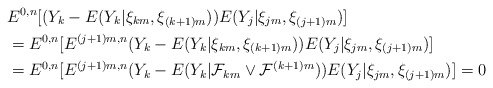
\begin{align*}& E^{0,n}[(Y_{k}-E(Y_{k}|\xi_{km},\xi_{(k+1)m}))E(Y_{j}|\xi_{jm},\xi_{(j+1)m})]\\& =E^{0,n}[E^{(j+1)m,n}(Y_{k}-E(Y_{k}|\xi_{km},\xi_{(k+1)m}))E(Y_{j}|\xi_{jm},\xi_{(j+1)m})]\\& =E^{0,n}[E^{(j+1)m,n}(Y_{k}-E(Y_{k}|\mathcal{F}_{km}\vee\mathcal{F}^{(k+1)m}))E(Y_{j}|\xi_{jm},\xi_{(j+1)m})]=0\end{align*}